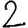
Digit: 2